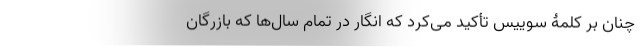
چنان بر کلمۀ سوییس تأکید می‌کرد که انگار در تمام سال‌ها که بازرگان